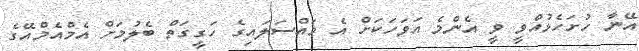
އޭނާ ހުށަހެޅުއްވީ ވީ އެންމެ އަވަހަކަށް އެ މައްސަލައިގެ ހަގީގަތް ބެލުމަށް އެމްއެމްއޭގެ